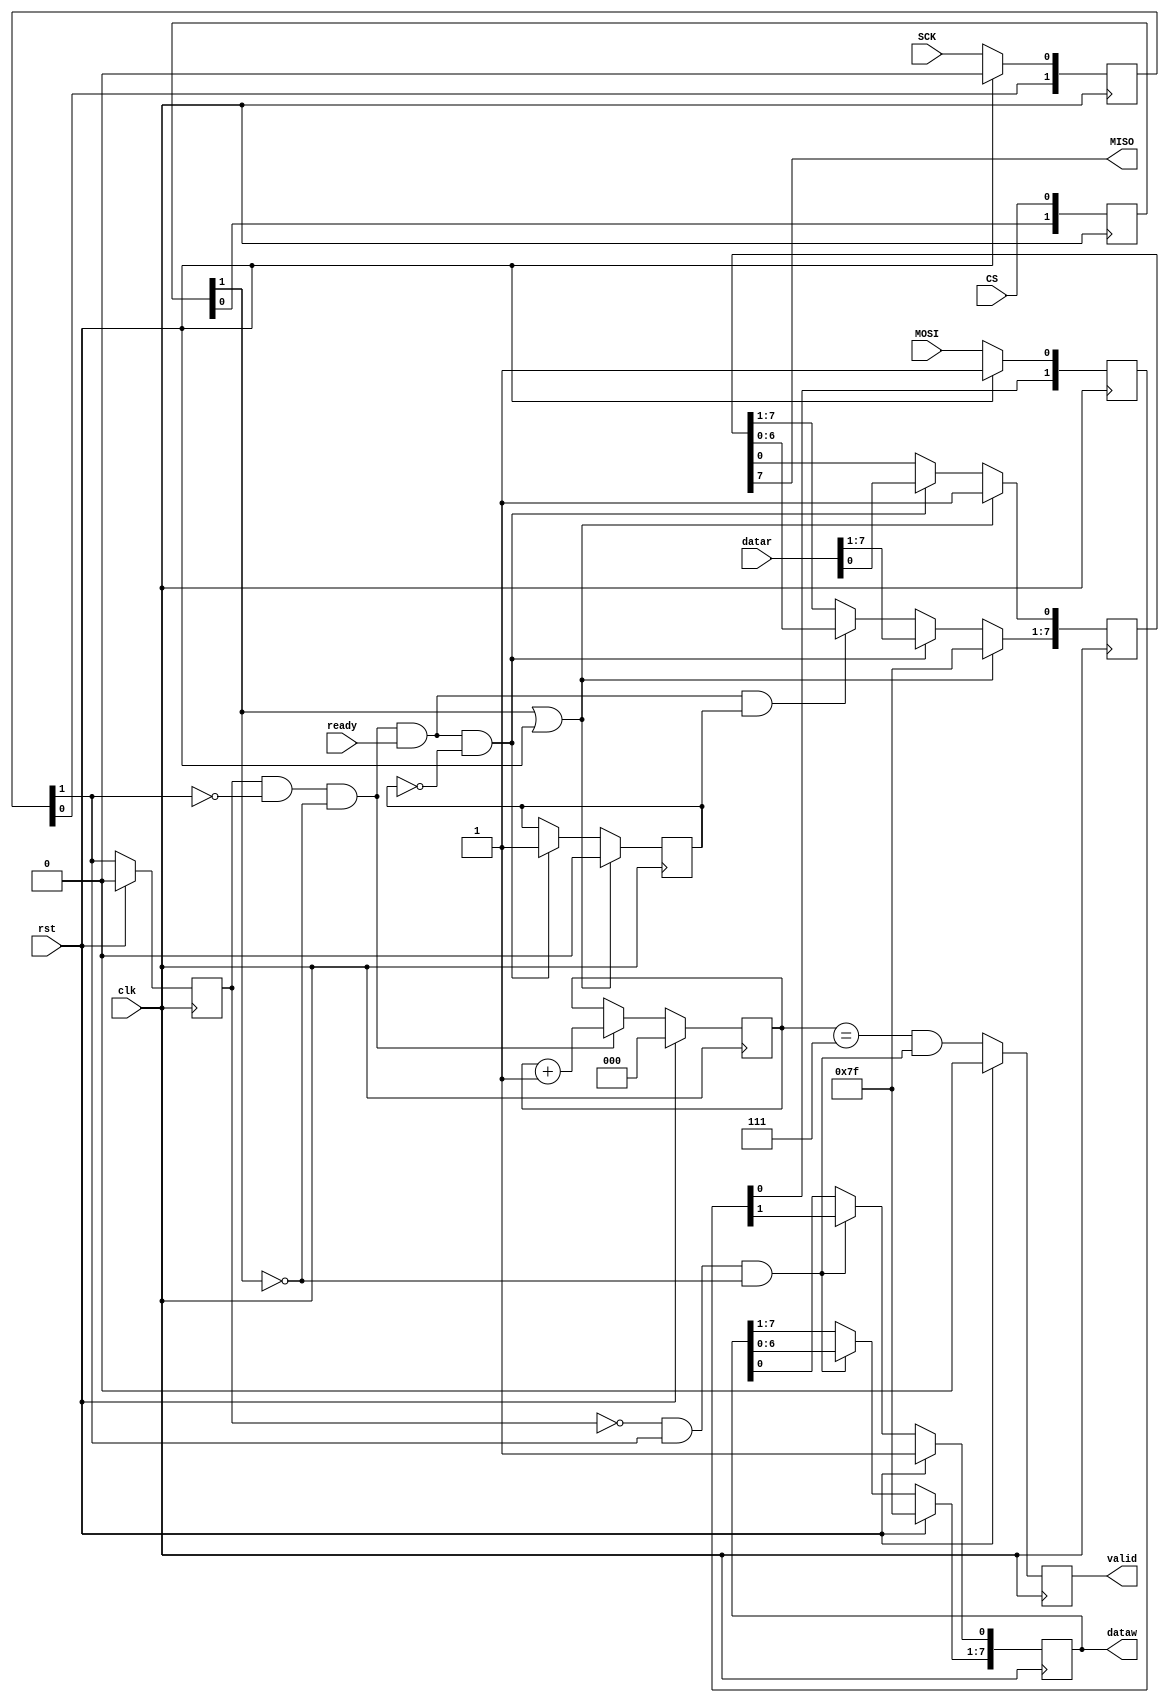
/**********************************************************************
 * Created by Hanssel Morales. 
 * Last Rev.: 03-03-2020
 * SPI SLAVE INTERFACE
 **********************************************************************/
//`timescale 1ns / 1ps
module spi
	(
	input SCK,
	input CS,
	input MOSI,
	output MISO,
	input clk,
	input rst,
	input ready,
	input [7:0]datar,
	output [7:0]dataw,
	output reg valid
		);
	genvar i;
	//******** CS SYNCRONIZER*****
	reg [1:0]CS_sync;
	always @(posedge clk)begin
		CS_sync[0]<=CS;
		CS_sync[1]<=CS_sync[0];
	end
	//*****************************
	//******* SCK ANALYZER *******
	reg [1:0]SCK_sync;
	always @(posedge clk)begin
		if(rst)
			SCK_sync<=0; //due to spi mode
		else
			SCK_sync[0]<=SCK;
			SCK_sync[1]<=SCK_sync[0];
	end
	reg late_SCK;
	always @(posedge clk)begin
		if(rst)
			late_SCK<=0; //due to spi mode
		else
			late_SCK<=SCK_sync[1];
	end
	wire SCK_RE;
	wire SCK_FE;
	assign SCK_RE=~late_SCK & SCK_sync[1] & ~CS_sync[1];
	assign SCK_FE= late_SCK &~SCK_sync[1] & ~CS_sync[1];
	//**************************************

	//***** STATE COUNTER ********
	reg [2:0]counter;
	always @(posedge clk)begin
		if(rst)
			counter<=0;
		else if(SCK_FE)
			counter<=counter+1;
	end

	always @(posedge clk)begin
		if(rst)
			valid <=0;
		else
		 	valid <= counter==7 & SCK_RE;
	end
	//**********************************

	//***** MOSI SHIFT REGISTER ********
	reg [1:0]MOSI_sync;
	always @(posedge clk)begin
		if(rst)
			MOSI_sync<=2'b11; //due to spi mode
		else
			MOSI_sync[0]<=MOSI;
			MOSI_sync[1]<=MOSI_sync[0];
	end
	reg [7:0] MOSI_SR;
	always @(posedge clk)begin
		if(rst)
			MOSI_SR<=8'hFF; //due to spi mode
		else if(SCK_RE) begin
			MOSI_SR[0]	<=MOSI_sync[1];
			MOSI_SR[7:1]<=MOSI_SR[6:0];
		end
	end
	assign dataw=MOSI_SR;
	//**********************************

	//***** MIS0 SHIFT REGISTER ********
	reg [7:0] MISO_SR;
	reg sending;
	always @(posedge clk)begin
		if( CS_sync[1] | rst)begin
			MISO_SR<=8'hFF; //due to spi mode
			sending<=0;
		end
		else if( SCK_FE & ready & ~sending)begin
			MISO_SR<=datar;
			sending<=1;
		end
		else if( SCK_FE & ready & sending)
			MISO_SR[7:1]<=MISO_SR[6:0];		
	end
	assign MISO = MISO_SR[7];
	//**********************************
endmodule